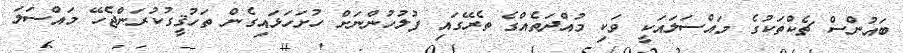
ބައުންސް ޗެކްތަކުގެ މައްސަލައަކީ ވަކި މުއްދަތެއްގެ ތެރޭގައި ފުލުހުންނަށް ހުށަހަޅައިގެން ތަހުޤީގުކުރަންޖެހޭ މައްސަލަ